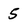
Character: 5